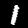
Digit: 1